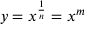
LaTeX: y = x ^ { \frac { 1 } { n } } = x ^ { m }